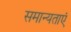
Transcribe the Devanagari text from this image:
समान्यताएं